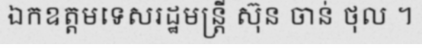
ឯកឧត្តមទេសរដ្ឋមន្ត្រី ស៊ុន ចាន់ ថុល ។